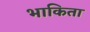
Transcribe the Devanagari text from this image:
भाकिता